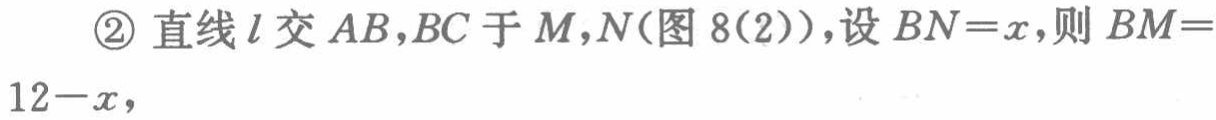
\textcircled{2} 直线\(l\)交\(AB,BC\)于\(M,N\)(图 8(2))，设\(BN = x\)，则\(BM = 12 - x\)，